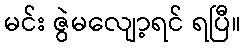
မင်း ဇွဲမလျော့ရင် ရပြီ။